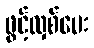
ဖွင့်လှစ်ပေး